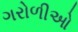
ગરોળીઓ